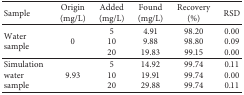
| Sample | Origin (mg/L) | Added (mg/L) | Found (mg/L) | Recovery (%) | RSD |
 | --- | --- | --- | --- | --- | --- |
 | <ROWSPAN=3> Water sample | <ROWSPAN=3> 0 | 5 | 4.91 | 98.20 | 0.00 |
 | 10 | 9.88 | 98.80 | 0.09 |
 | 20 | 19.83 | 99.15 | 0.00 |
 | <ROWSPAN=3> Simulation water sample | <ROWSPAN=3> 9.93 | 5 | 14.92 | 99.74 | 0.11 |
 | 10 | 19.91 | 99.74 | 0.00 |
 | 20 | 29.88 | 99.74 | 0.11 |